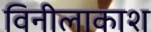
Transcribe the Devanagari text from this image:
विनीलाकाश